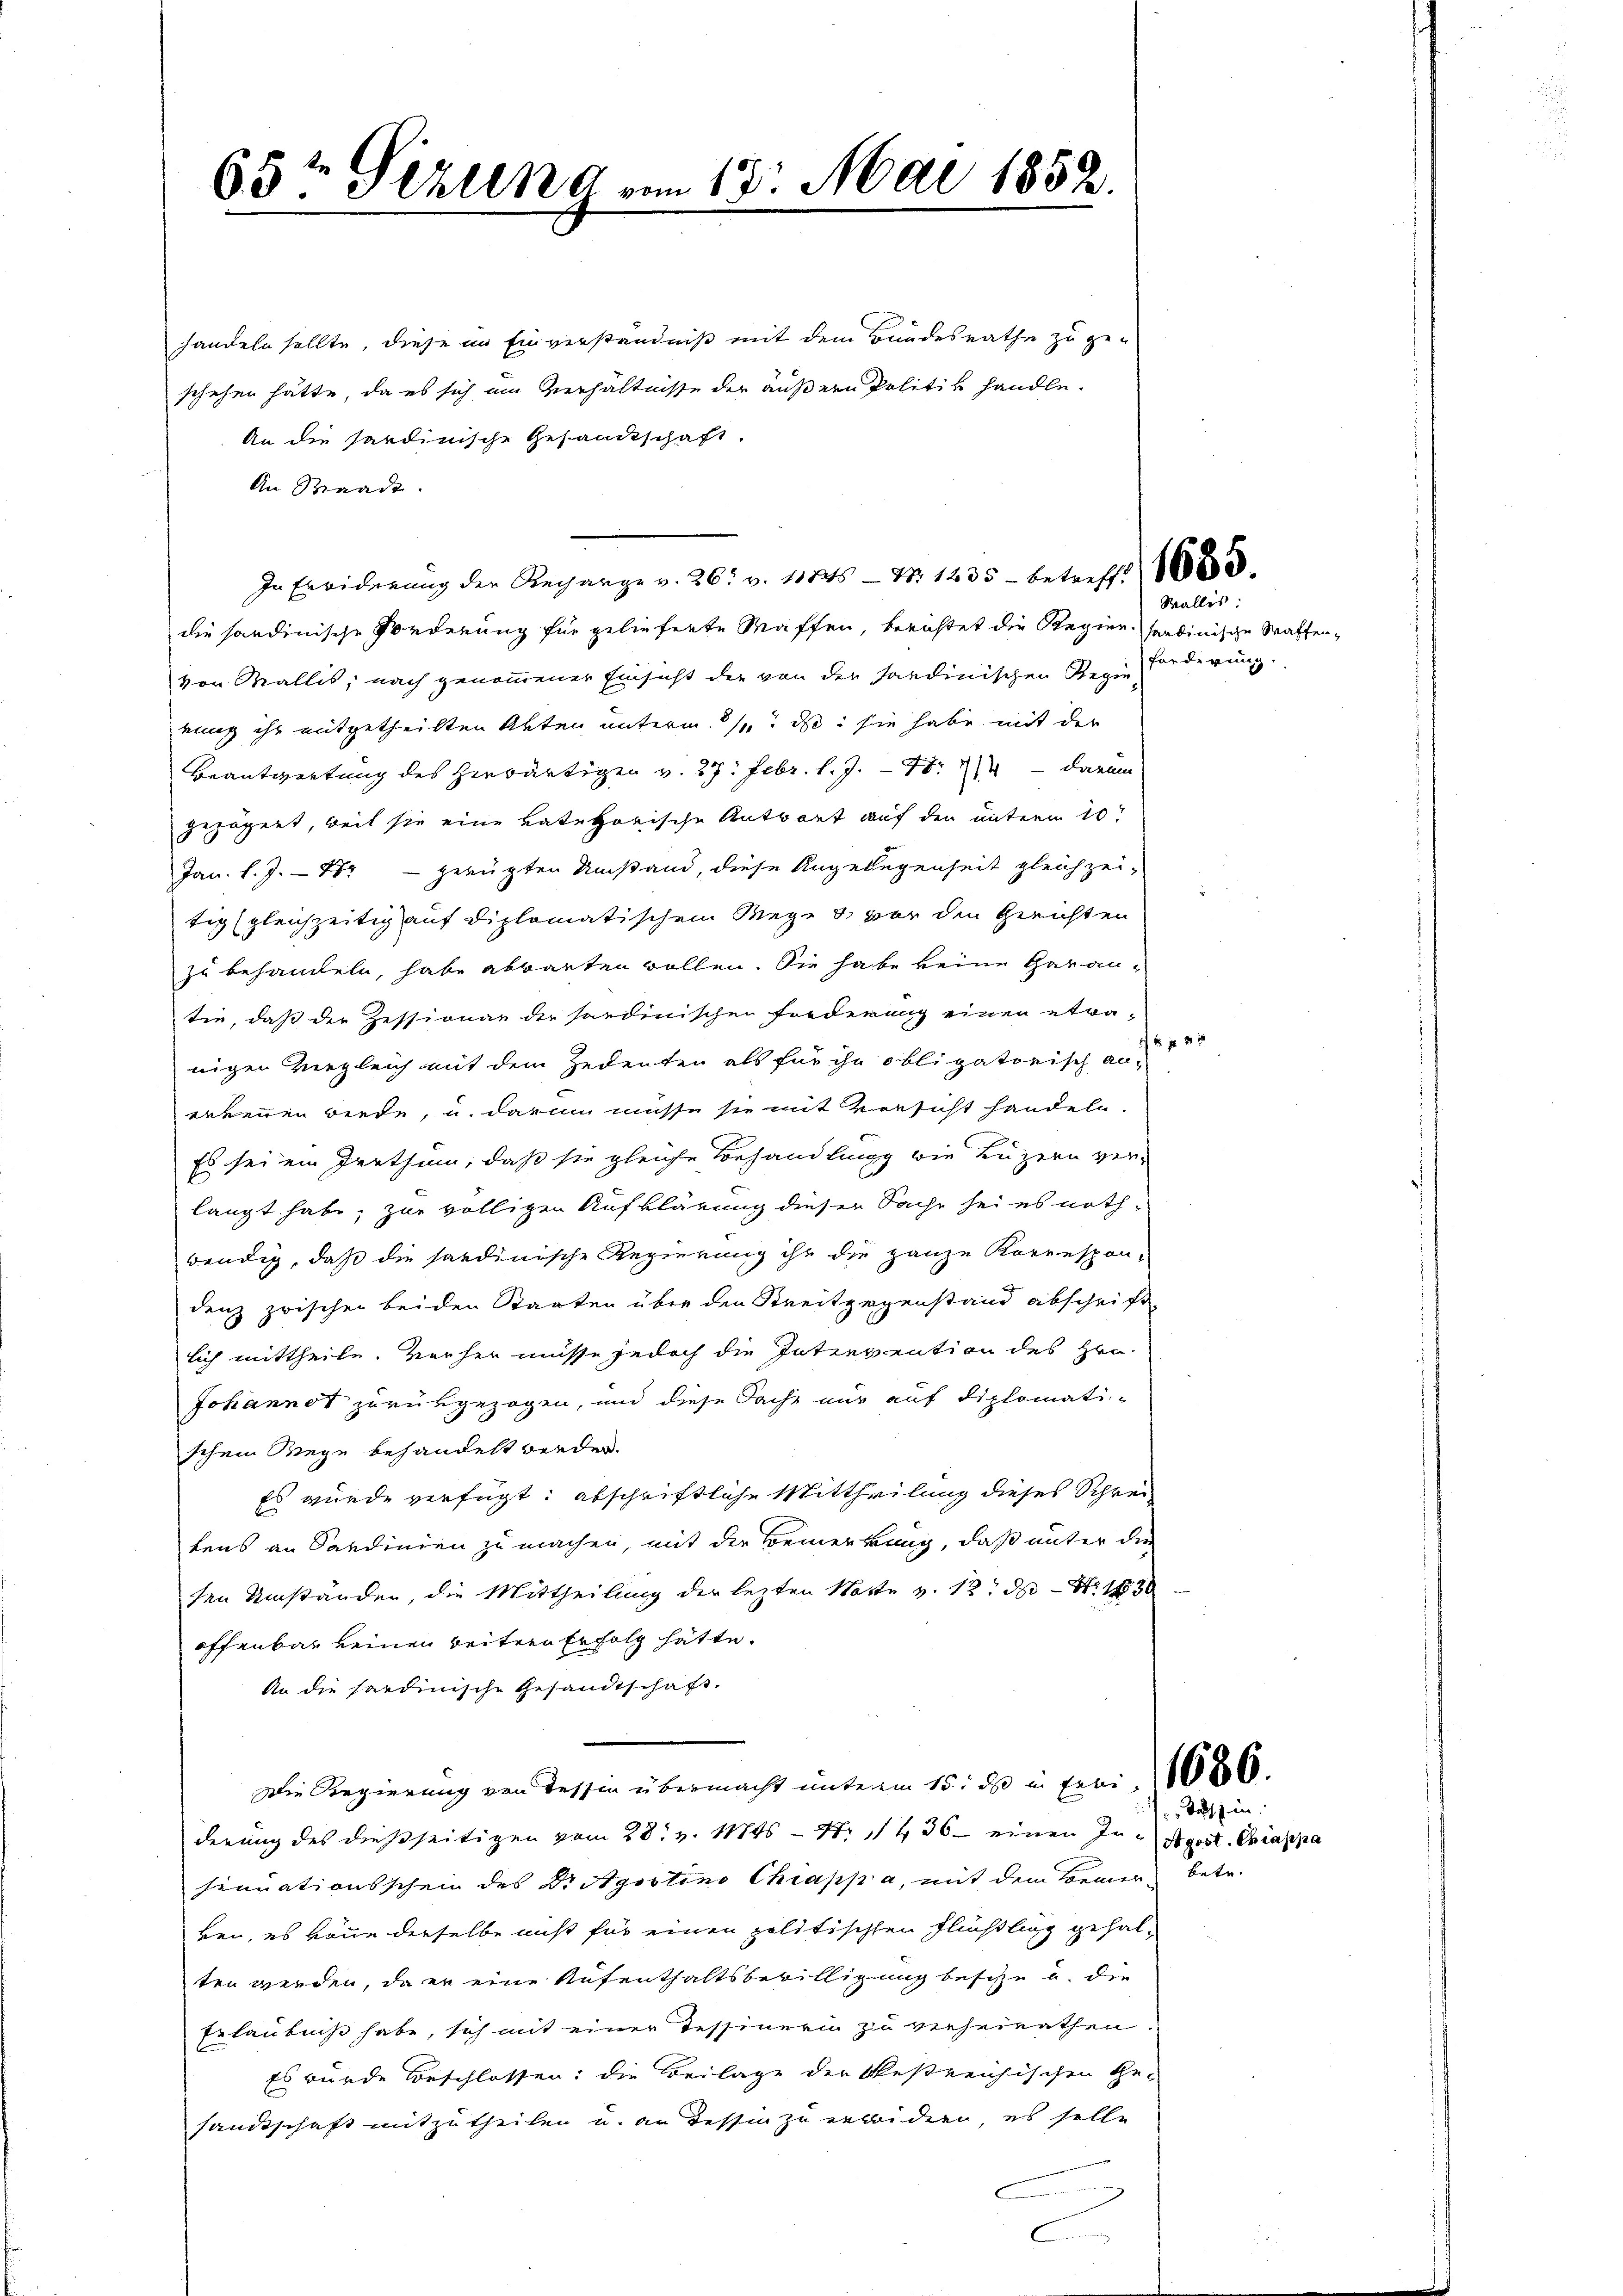
65t Gerung am 17. Mai 1852.

handeln sollte, diese in Einverständniß mit dem Bundesrathe zu geschehen hätte, da es sich am Verhältnisse der äußern Politik handle.
An die sardinische Gesanschaft.
An Waadt
In Erwiderŭng der Regarge v. 26. v. 11845- Nr. 1235 - betreff 1883.
die sandinische Forderung für gelieferte Waffen, berichtet die Regienhardinische Waffenvon Wallis, nach genommener Einsicht der von der sandinischen Regie Forderung.
rung ihr mitgetheilten Akten unterm 1. ds. sie habe mit der
Beantwortung des herwärtigen v. 27. Febr. l. J. Nr. 4 darum
gezögert, weil sie eine vate horische Antwort auf den unterm 10t
Jan. l. J. 182 - gerügten Umstand, diese Angelegenheit gleichzei-
tig (gleichzeitig auf diplomatischem Wege & vor den Gerichten
zu behandeln, habe abwarten wollen. Sie habe keine Garan-
tie, daß der Zessionar der sordinischen Forderung einen etwa-
nigen Vergleich mit dem Zedenten als für ihn obligatorisch an. 182
erkennen werde, u. darin müsse sie mit Versicht handeln.
Es sei ein Irrthum, daß sie gleiche Behandlung wie Luzern ver-
langt habe, zur völligen Aufklärung dieser Sache sei es noth-
wendig, daß die sardinische Regierung ihr die ganze Korrespon-
denz zwischen beiden Staaten über den Streitgegenstand abschrift
lich mittheile. Vorher müsse jedoch die Intenvention des Hrn.
Johannot zurükgezogen, und diese Sache nur auf diplomatischem Wege behandelt werden.
Es wurde verfügt: abschriftliche Mittheilung dieses Schrei
tens an Sandinien zu machen, mit der Bemerkung, daß unter die
ten Umständen, die Mittheilung der lezten Notte v. 12. ds Nr. 1536
offenbar keinen weitern Erfolg hätte.
An die sardinische Gesandtschaft.
Die Regierung von Tessin übermacht unterm 15. ds in Frei, 1086.
derung des dießseitigen vom 28. v. Mts. — N. 11456 einen In Apost. Chiappa
sinuationsschein des Dr. Agsstins Chiapp a, mit dem Bemer betr.
ken, es baue derselbe nicht für einen politischen Flüßling gehal-
ten werden, da er eine Aufenthaltsbewilligung besitze u. die
Erlaubniß habe, sich mit einer Tessinerin zu verheirathen.
Es wurde Beschlossen: die Beilage der bestreichischen Ge-
sandtschaft mitzutheilen u. an dessin zu erwidern, es solle
2
C

Wallis:

Tuch in